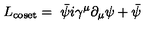
L _ { \mathrm { c o s e t } } = { \ \bar { \psi } } i \gamma ^ { \mu } \partial _ { \mu } \psi + { \bar { \psi } }